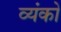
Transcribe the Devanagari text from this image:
व्यंको